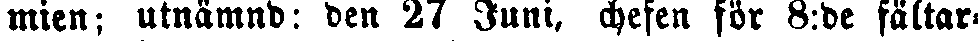
mien; utnämnd: den 27 Juni, chefen för 8:de fältar-